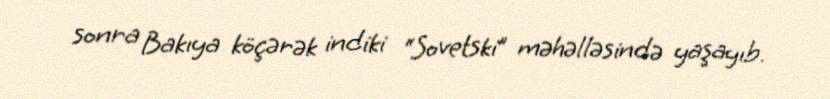
sonra Bakıya köçərək indiki “Sovetski” məhəlləsində yaşayıb.